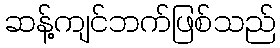
ဆန့်ကျင်ဘက်ဖြစ်သည်